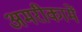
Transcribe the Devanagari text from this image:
अमरीकामें